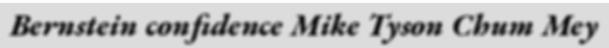
Bernstein confidence Mike Tyson Chum Mey